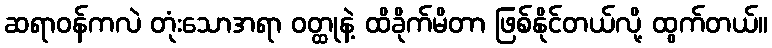
ဆရာဝန်ကလဲ တုံးသောအရာ ဝတ္ထုနဲ့ ထိခိုက်မိတာ ဖြစ်နိုင်တယ်လို့ ထွက်တယ်။